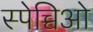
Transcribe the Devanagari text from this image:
स्पेच्चिओ